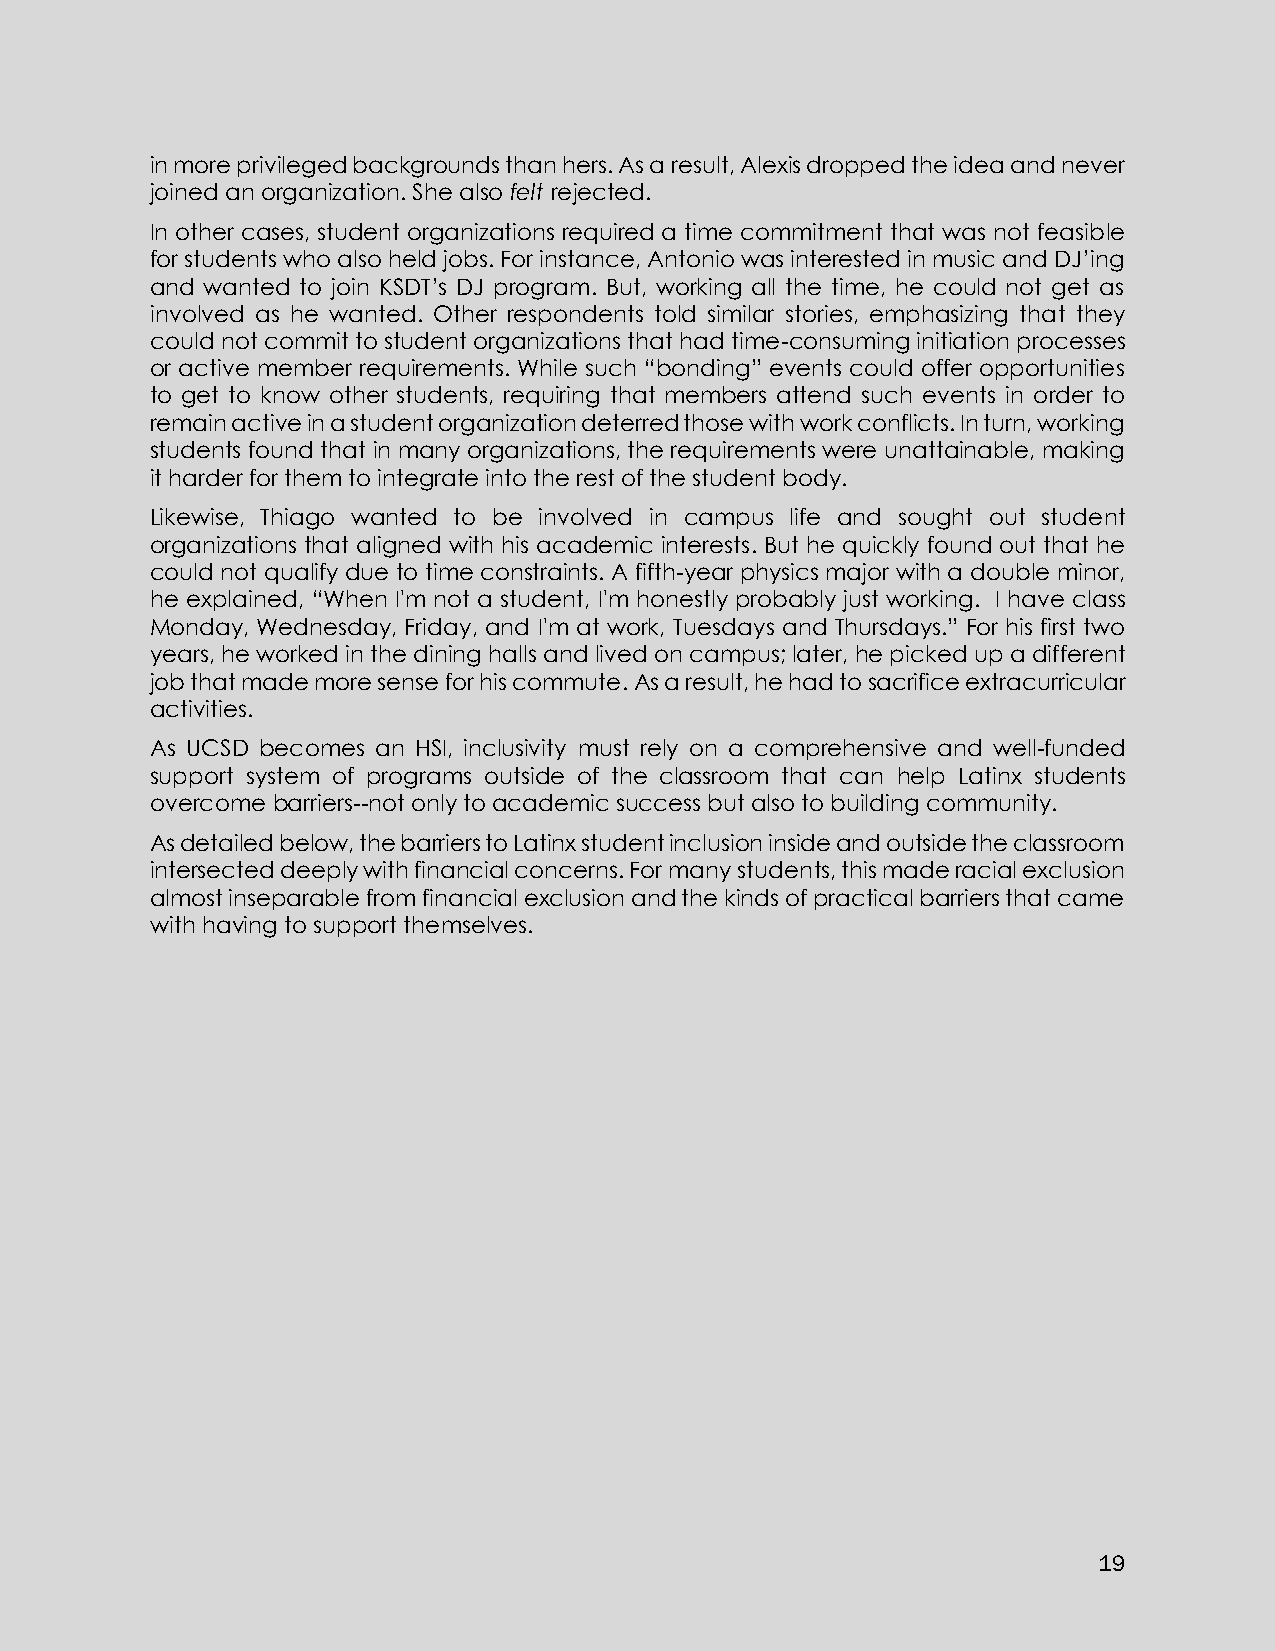
in more privileged backgrounds than hers. As a result, Alexis dropped the idea and never
 joined an organization. She also felt rejected.
 In other cases, student organizations required a time commitment that was not feasible
 for students who also held jobs. For instance, Antonio was interested in music and DJ’ing
 and wanted to join KSDT’s DJ program. But, working all the time, he could not get as
 involved as he wanted. Other respondents told similar stories, emphasizing that they
 could not commit to student organizations that had time-consuming initiation processes
 or active member requirements. While such “bonding” events could offer opportunities
 to get to know other students, requiring that members attend such events in order to
 remain active in a student organization deterred those with work conflicts. In turn, working
 students found that in many organizations, the requirements were unattainable, making
 it harder for them to integrate into the rest of the student body.
 Likewise, Thiago wanted to be involved in campus life and sought out student
 organizations that aligned with his academic interests. But he quickly found out that he
 could not qualify due to time constraints. A fifth-year physics major with a double minor,
 he explained, “When I'm not a student, I'm honestly probably just working. I have class
 Monday, Wednesday, Friday, and I'm at work, Tuesdays and Thursdays.” For his first two
 years, he worked in the dining halls and lived on campus; later, he picked up a different
 job that made more sense for his commute. As a result, he had to sacrifice extracurricular
 activities.
 As UCSD becomes an HSI, inclusivity must rely on a comprehensive and well-funded
 support system of programs outside of the classroom that can help Latinx students
 overcome barriers--not only to academic success but also to building community.
 As detailed below, the barriers to Latinx student inclusion inside and outside the classroom
 intersected deeply with financial concerns. For many students, this made racial exclusion
 almost inseparable from financial exclusion and the kinds of practical barriers that came
 with having to support themselves.
 19